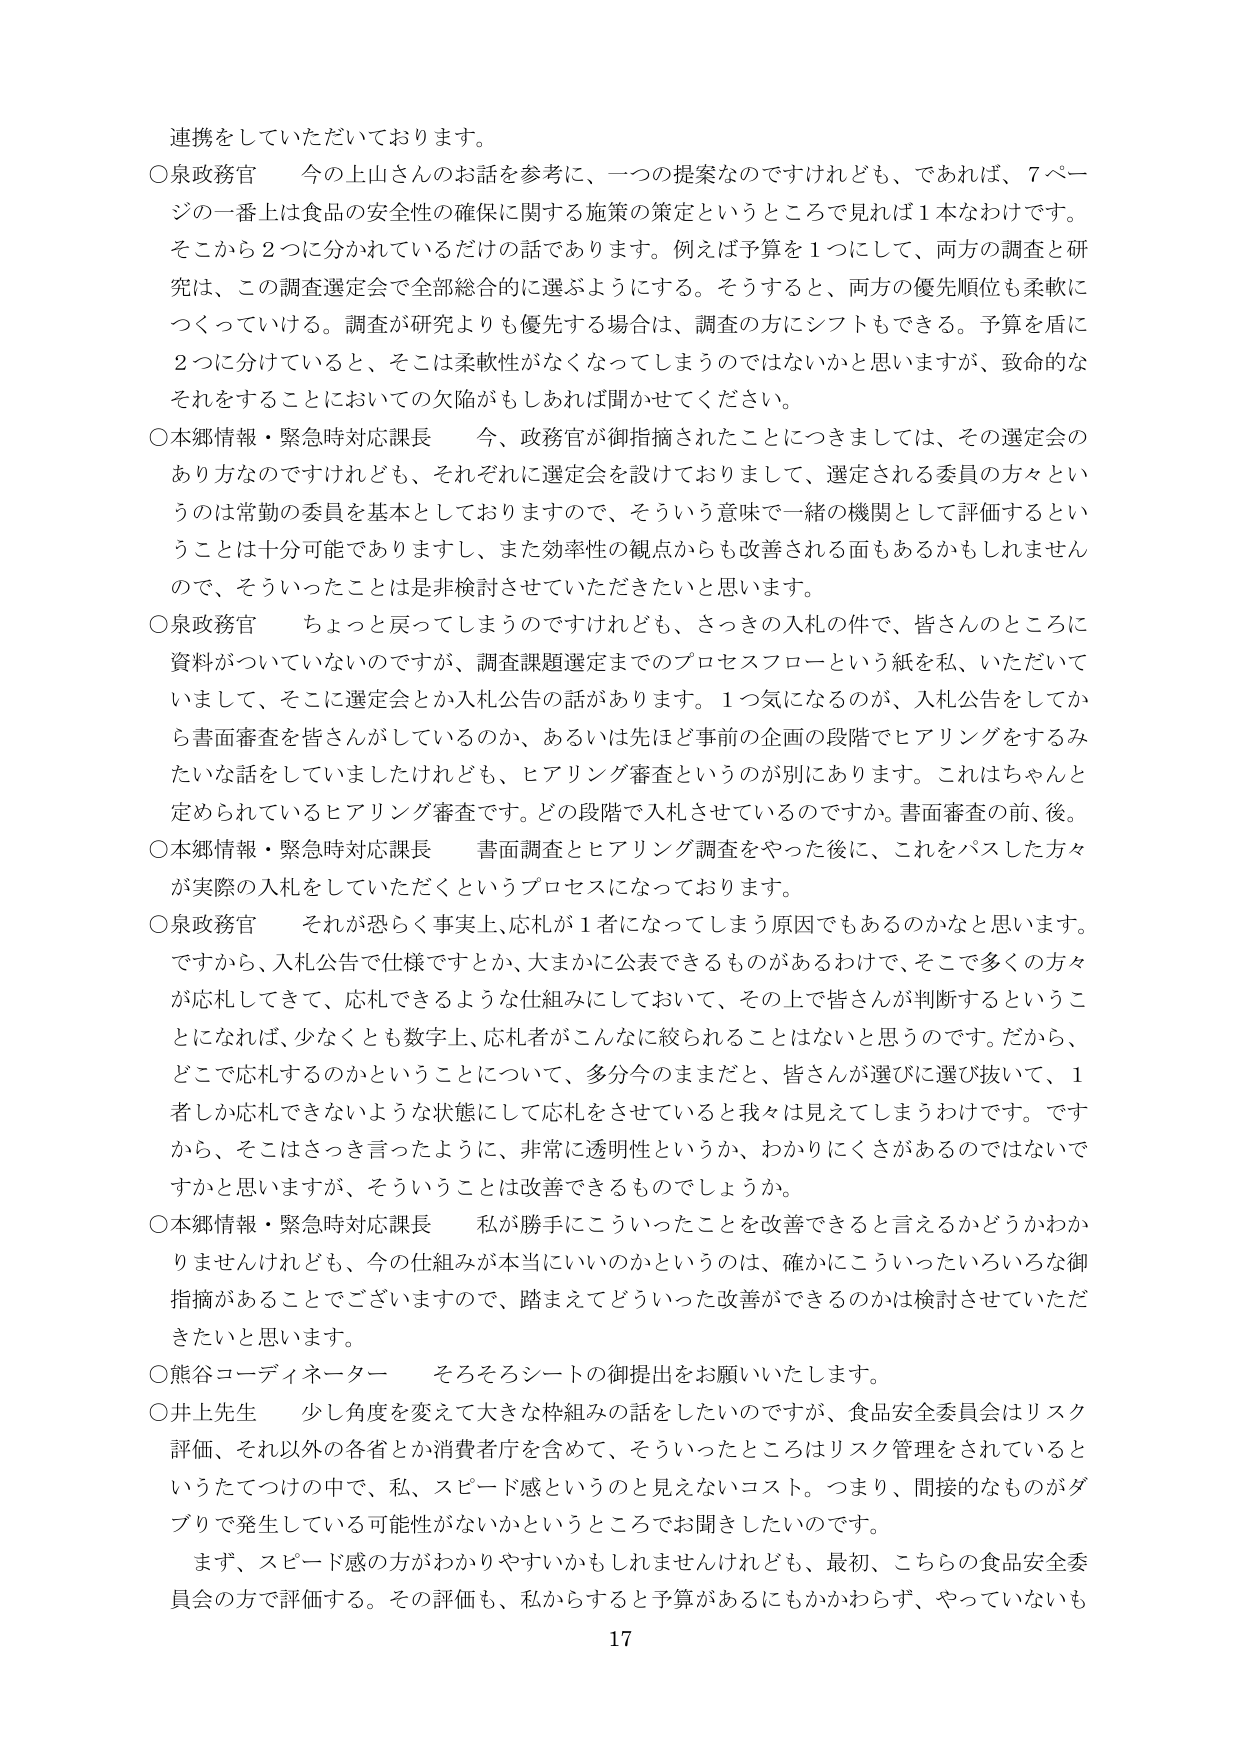
連携をしていただいております。

○泉政務官　今の上山さんのお話を参考に、一つの提案なのですが、であれば、7ページの一番上は食品の安全性の確保に関する施策の策定というところで見れば1本なわけですが、そこから2つに分かれているだけの話であります。例えば予算を1つにして、両方の調査と研究は、この調査選定会で全部総合的に選ぶようにする。そうすると、両方の優先順位も柔軟につくっていける。調査が研究よりも優先する場合は、調査の方にシフトもできる。予算を盾に2つに分けていると、そこは柔軟性がなくなってしまうのではないかと思いますが、致命的なそれをすることにおいての欠陥がもしあれば聞かせてください。

○本郷情報・緊急時対応課長　今、政務官が御指摘されたことにつきましては、その選定会のあり方なのですが、それぞれに選定会を設けておりまして、選定される委員の方々というのは常勤の委員を基本としておりますので、そういう意味で一緒の機関として評価するということは十分可能でありますし、また効率性の観点からも改善される面もあるかもしれませんので、そういったことは非検討させていただきたいと思います。

○泉政務官　ちょっと戻ってしまうのですが、さっきの入札の件で、皆さんところに資料がついていないのですが、調査課題選定までのプロセスフローという紙を私、いただいていまして、そこに選定会とか入札公告の話があります。1つ気になるのが、入札公告をしてから書面審査を皆さんがしているのか、あるいは先ほど事前の企画の段階でヒアリングをするみたいな話をしていましたけれども、ヒアリング審査というのが別にあります。これはちゃんと定められているヒアリング審査です。どの段階で入札させているのですか。書面審査の前、後。

○本郷情報・緊急時対応課長　書面調査とヒアリング調査をやった後に、これをパスした方々が実際の入札をしていただくというプロセスになっております。

○泉政務官　それが恐らく事実上、応札が1者になってしまう原因でもあるのかなと思います。ですから、入札公告で仕様ですとか、大まかに公表できるものがあるわけで、そこで多くの方々が応札してきて、応札できるような仕組みにしておいて、その上で皆さんが判断するということになれば、少なくとも数字上、応札者がこんなに絞られることはないと思うのです。だから、どこで応札するのかということについて、多分今のままだと、皆さんが選びに選び抜いて、1者しか応札できないような状態にして応札をさせていると我々は見えてしまうわけです。ですから、そこはさっき言ったように、非常に透明性というか、わかりにくさがあるのではないですかと思いますが、そういうことは改善できるものでしょうか。

○本郷情報・緊急時対応課長　私が勝手にこういったことを改善できると言えるかどうかわかりませんけれども、今の仕組みが本当にいいのかというのは、確かにこういったいろいろな御指摘があることでございますので、踏まえてどういった改善ができるのかは検討させていただきたいと思います。

○熊谷コーディネーター　そろそろシートの御提出をお願いいたします。

○井上先生　少し角度を変えて大きな枠組みの話をしたいのですが、食品安全委員会はリスク評価、それ以外の各省とか消費者庁を含めて、そういったところはリスク管理をされているというたてつけの中で、私、スピード感というのと見えないコスト。つまり、間接的なものがダブリで発生している可能性がないかというところでお聞きしたいのです。

まず、スピード感の方がわかりやすいかもしれませんが、最初、こちらの食品安全委員会の方で評価する。その評価も、私からすると予算があるにもかかわらず、やっていないも

17